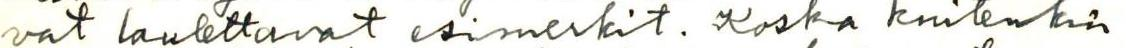
vat laulettavat esimerkit. Koska kuitenkin